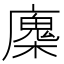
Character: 𢋝